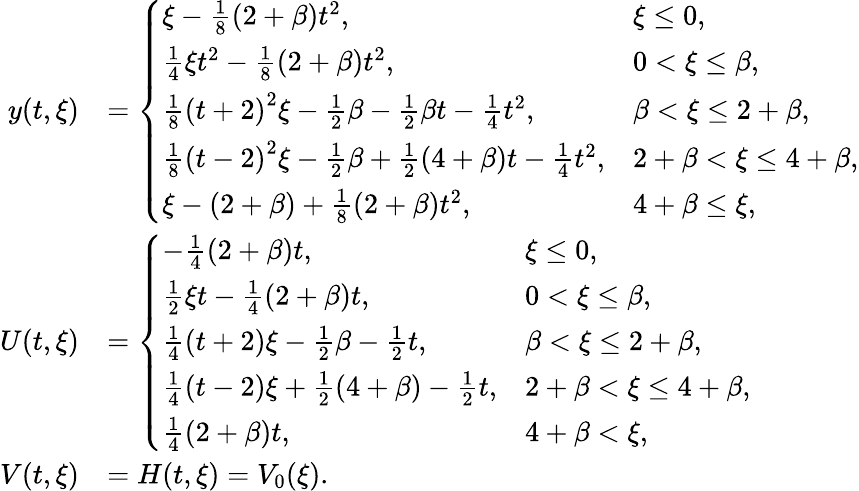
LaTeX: \begin{array}{rl}{y(t,\xi)}&{=\left\{ \begin{array}{ll}{\xi-\frac{1}{8}\left(2+\beta\right)t^{2},}&{\xi\leq 0,}\\ {\frac{1}{4}\xi t^{2}-\frac{1}{8}\left(2+\beta\right)t^{2},}&{0<\xi\leq\beta,}\\ {\frac{1}{8}\left(t+2\right)^{2}\xi-\frac 12\beta-\frac 12\beta t-\frac 14t^{2},}&{\beta<\xi\leq 2+\beta,}\\ {\frac{1}{8}\left(t-2\right)^{2}\xi-\frac 12\beta+\frac 12\left(4+\beta\right)t-\frac 14t^{2},}&{2+\beta<\xi\leq 4+\beta,}\\ {\xi-(2+\beta)+\frac 18\left(2+\beta\right)t^{2},}&{4+\beta\leq\xi,}\end{array}\right.}\\ {U(t,\xi)}&{=\left\{ \begin{array}{ll}{-\frac{1}{4}\left(2+\beta\right)t,}&{\xi\leq 0,}\\ {\frac{1}{2}\xi t-\frac{1}{4}\left(2+\beta\right)t,}&{0<\xi\leq\beta,}\\ {\frac{1}{4}\left(t+2\right)\xi-\frac 12\beta-\frac 12t,}&{\beta<\xi\leq 2+\beta,}\\ {\frac{1}{4}\left(t-2\right)\xi+\frac 12\left(4+\beta\right)-\frac 12t,}&{2+\beta<\xi\leq 4+\beta,}\\ {\frac{1}{4}\left(2+\beta\right)t,}&{4+\beta<\xi,}\end{array}\right.}\\ {V(t,\xi)}&{=H(t,\xi)=V_{0}(\xi).}\end{array}